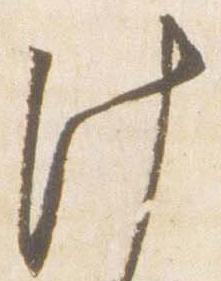
此